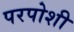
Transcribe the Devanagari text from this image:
परपोशी